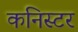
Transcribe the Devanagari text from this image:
कनिस्टर